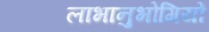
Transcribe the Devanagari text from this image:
लाभानुभोगियों